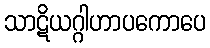
သာဋိယဂ္ဂါဟာပကောပေ